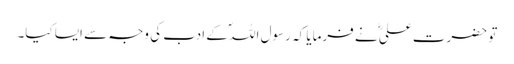
تو حضرت علیؓ نے فرمایا کہ رسول اللہؐ کے ادب کی وجہ سے ایسا کیا۔